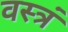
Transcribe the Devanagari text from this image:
वस्त्रं